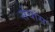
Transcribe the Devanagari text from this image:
संचांस